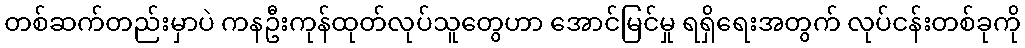
တစ်ဆက်တည်းမှာပဲ ကနဦးကုန်ထုတ်လုပ်သူတွေဟာ အောင်မြင်မှု ရရှိရေးအတွက် လုပ်ငန်းတစ်ခုကို